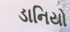
ડાનિયો